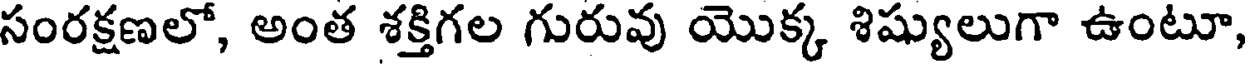
సంరక్షణలో, అంత శక్తిగల గురువు యొక్క శిష్యులుగా ఉంటూ,